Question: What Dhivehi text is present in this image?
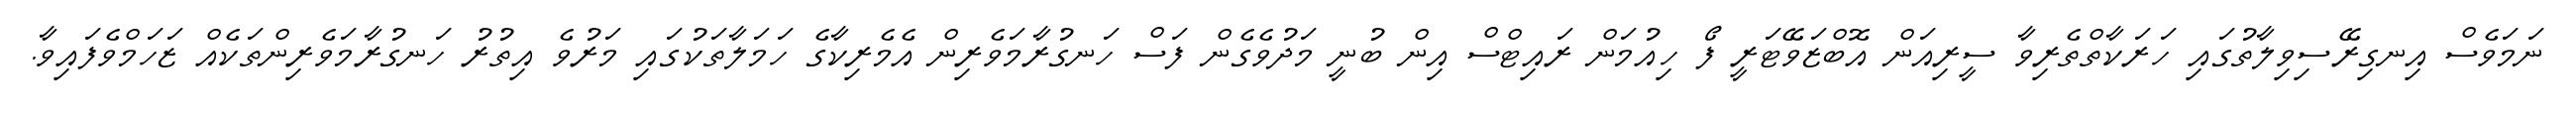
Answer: ނަމަވެސް އިނގިރޭސިވިލާތުގައި ހަރަކާތްތެރިވާ ސީރިއަން އޮބްޒަވޭޓަރީ ފޯ ހިއުމަން ރައިޓްސް އިން ބުނީ މަދުވެގެން ފަސް ހަނގުރާމަވެރިން އެމެރިކާގެ ހަމަލާތަކުގައި މަރުވެ އިތުރު ހަނގުރާމަވެރިންތަކެއް ޒަހަމްވެފައިވާ.